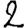
Digit: 2